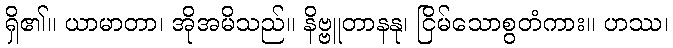
ရှိ၏။ ယာမာတာ၊ အိုအမိသည်။ နိဗ္ဗူတာနနု၊ ငြိမ်သောစွတံကား။ ဟဿ၊